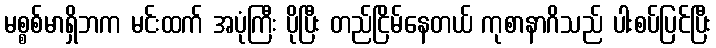
မစ္စစ်မာရှိဘက မင်းထက် အပုံကြီး ပိုပြီး တည်ငြိမ်နေတယ် ကုစာနာဂိသည် ပါးစပ်ပြင်ပြီး